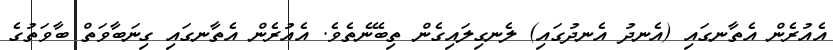
އެއުރެން އެތާނގައި (އެނދު އެނދުގައި) ލެނގިލައިގެން ތިބޭނެތެވެ. އެއުރެން އެތާނގައި ގިނަބާވަތް ބާވަތުގެ